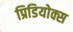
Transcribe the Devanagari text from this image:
प्रिडियोक्स